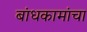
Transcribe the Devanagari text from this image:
बांधकामांचा